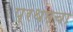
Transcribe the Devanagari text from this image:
प्रथमचा